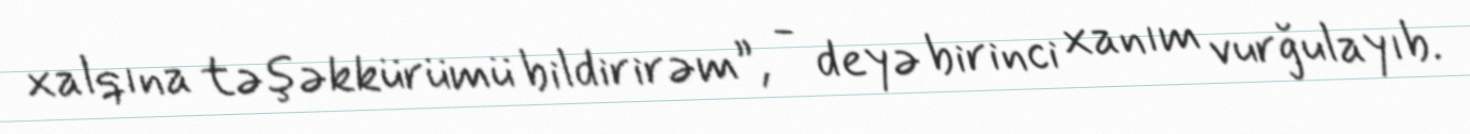
xalqına təşəkkürümü bildirirəm”, - deyə birinci xanım vurğulayıb.